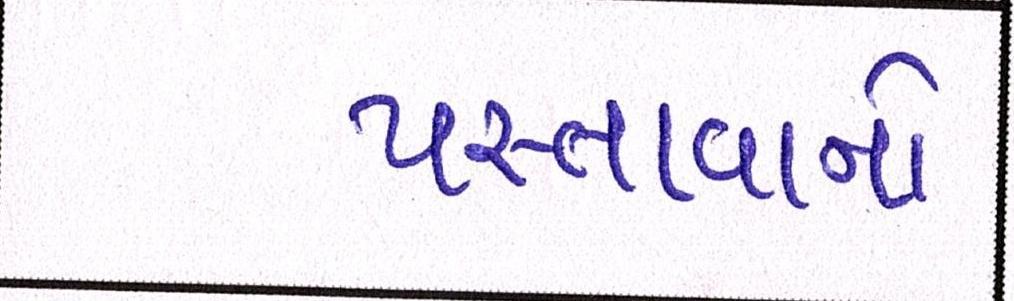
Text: પસ્તાવાનો